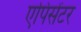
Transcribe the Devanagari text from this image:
एपिसेंटर